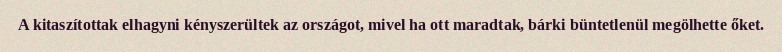
A kitaszítottak elhagyni kényszerültek az országot, mivel ha ott maradtak, bárki büntetlenül megölhette őket.